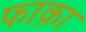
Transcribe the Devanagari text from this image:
फाक़ा